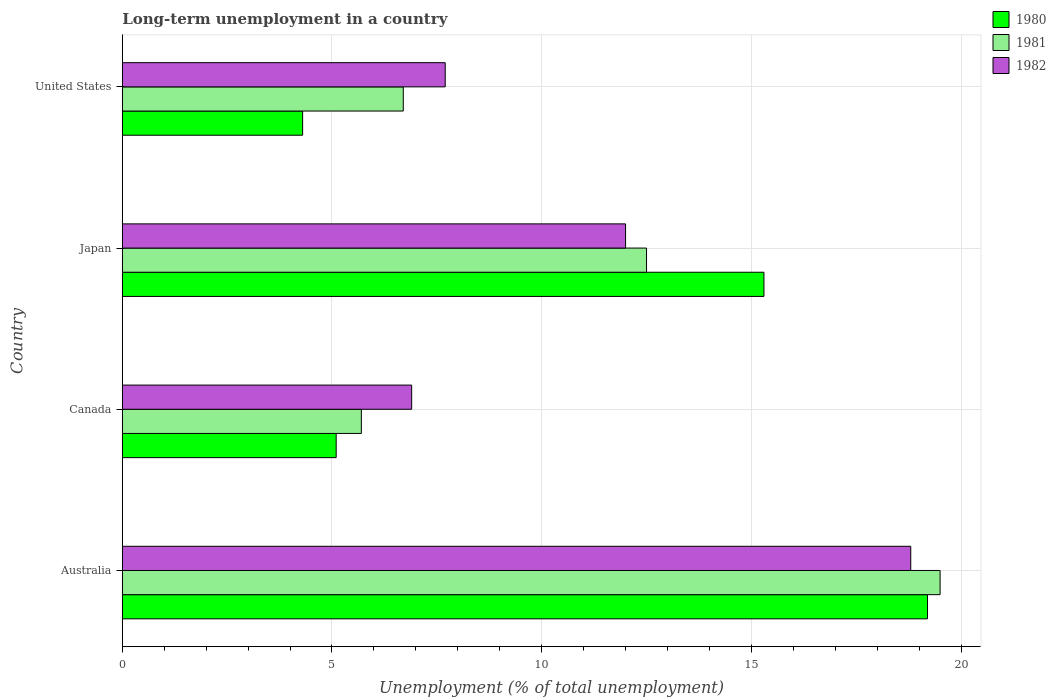
| Country | 1980 | 1981 | 1982 |
 | --- | --- | --- | --- |
 | Australia | 19.2 | 19.5 | 18.8 |
 | Canada | 5.1 | 5.7 | 6.9 |
 | Japan | 15.3 | 12.5 | 12 |
 | United States | 4.3 | 6.7 | 7.7 |